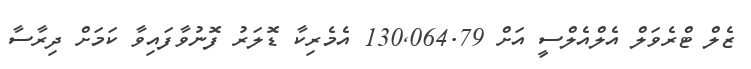
ޒެލް ޓްރެވަލް އެލްއެލްސީ އަށް 130